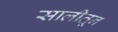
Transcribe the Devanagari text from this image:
सालीतून